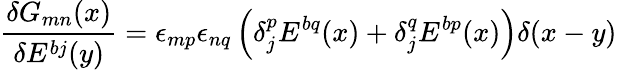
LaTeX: \frac{\delta G_{mn}(x)}{\delta E^{bj}(y)}=\epsilon_{mp}\epsilon_{nq}\left(\delta_{j}^{p}E^{bq}(x)+\delta_{j}^{q}E^{bp}(x)\right)\delta(x-y)